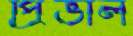
প্রিভাল